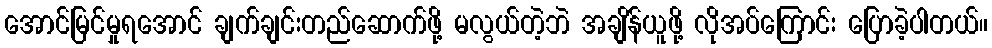
အောင်မြင်မှုရအောင် ချက်ချင်းတည်ဆောက်ဖို့ မလွယ်တဲ့ဘဲ အချိန်ယူဖို့ လိုအပ်ကြောင်း ပြောခဲ့ပါတယ်။